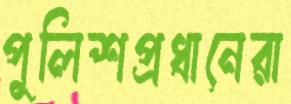
পুলিশপ্রধানেরা